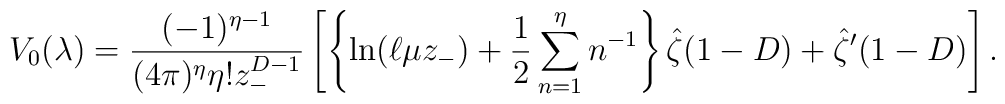
V_0(\lambda)  =  {(-1)^{\eta-1}\over         (4\pi)^\eta \eta! z_-^{D-1}}\left[       \left\{\ln(\ell\mu z_-)+{1\over 2}             \sum_{n=1}^{\eta}n^{-1}\right\}\hat\zeta(1-D)           +\hat\zeta'(1-D)\right].